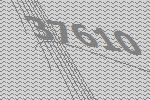
37610